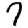
Digit: 7